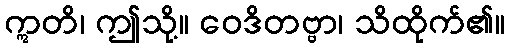
ဣတိ၊ ဤသို့။ ဝေဒိတဗ္ဗာ၊ သိထိုက်၏။